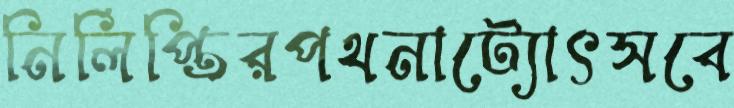
নির্লিপ্তিরপথনাট্যোৎসবে